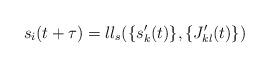
LaTeX: \begin{align*}s_i(t+\tau)=ll_s(\{s'_k(t)\},\{J'_{kl}(t)\})\end{align*}